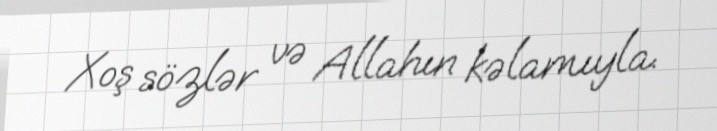
Xoş sözlər və Allahın kəlamıyla.